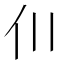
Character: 𫢇